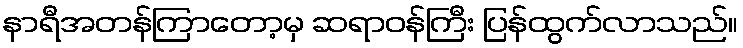
နာရီအတန်ကြာတော့မှ ဆရာဝန်ကြီး ပြန်ထွက်လာသည်။